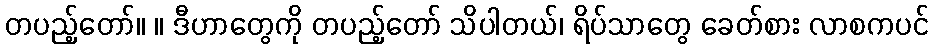
တပည့်တော်။ ။ ဒီဟာတွေကို တပည့်တော် သိပါတယ်၊ ရိပ်သာတွေ ခေတ်စား လာစကပင်